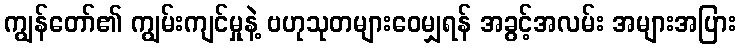
ကျွန်တော်၏ ကျွမ်းကျင်မှုနဲ့ ဗဟုသုတများဝေမျှရန် အခွင့်အလမ်း အများအပြား